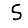
Digit: 5